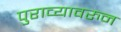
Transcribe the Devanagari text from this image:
पुराव्यावरुन